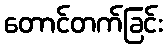
တောင်တက်ခြင်း